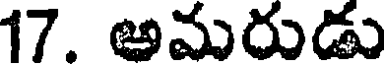
17. అమరుడు